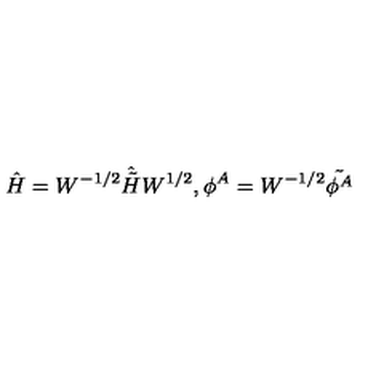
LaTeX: \hat { H } = W ^ { - 1 / 2 } \hat { \tilde { H } } W ^ { 1 / 2 } , \phi ^ { A } = W ^ { - 1 / 2 } \tilde { \phi ^ { A } }